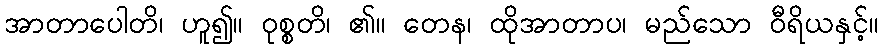
အာတာပေါတိ၊ ဟူ၍။ ဝုစ္စတိ၊ ၏။ တေန၊ ထိုအာတာပ၊ မည်သော ဝီရိယနှင့်။